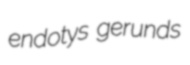
endotys gerunds